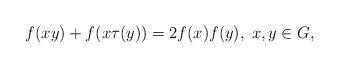
LaTeX: \begin{align*}f(xy)+f(x\tau(y))=2f(x)f(y),\; x,y\in G,\end{align*}